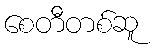
စေတီတစ်ဆူ